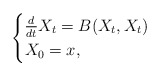
\begin{align*} \begin{cases}\frac{d}{dt} X_t = B(X_t,X_t) \\X_0 = x,\end{cases}\end{align*}